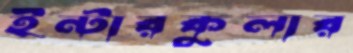
ইন্টারকুলার